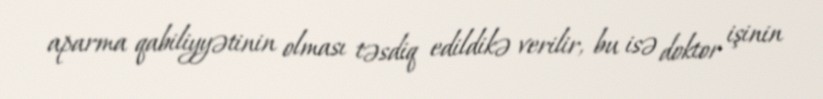
aparma qabiliyyətinin olması təsdiq edildikə verilir, bu isə doktor işinin